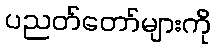
ပညတ်တော်များကို